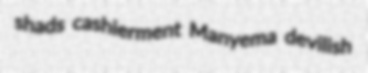
shads cashierment Manyema devilish